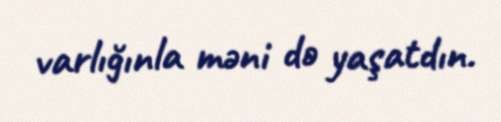
varlığınla məni də yaşatdın.